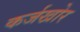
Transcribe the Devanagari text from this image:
कर्जखोर